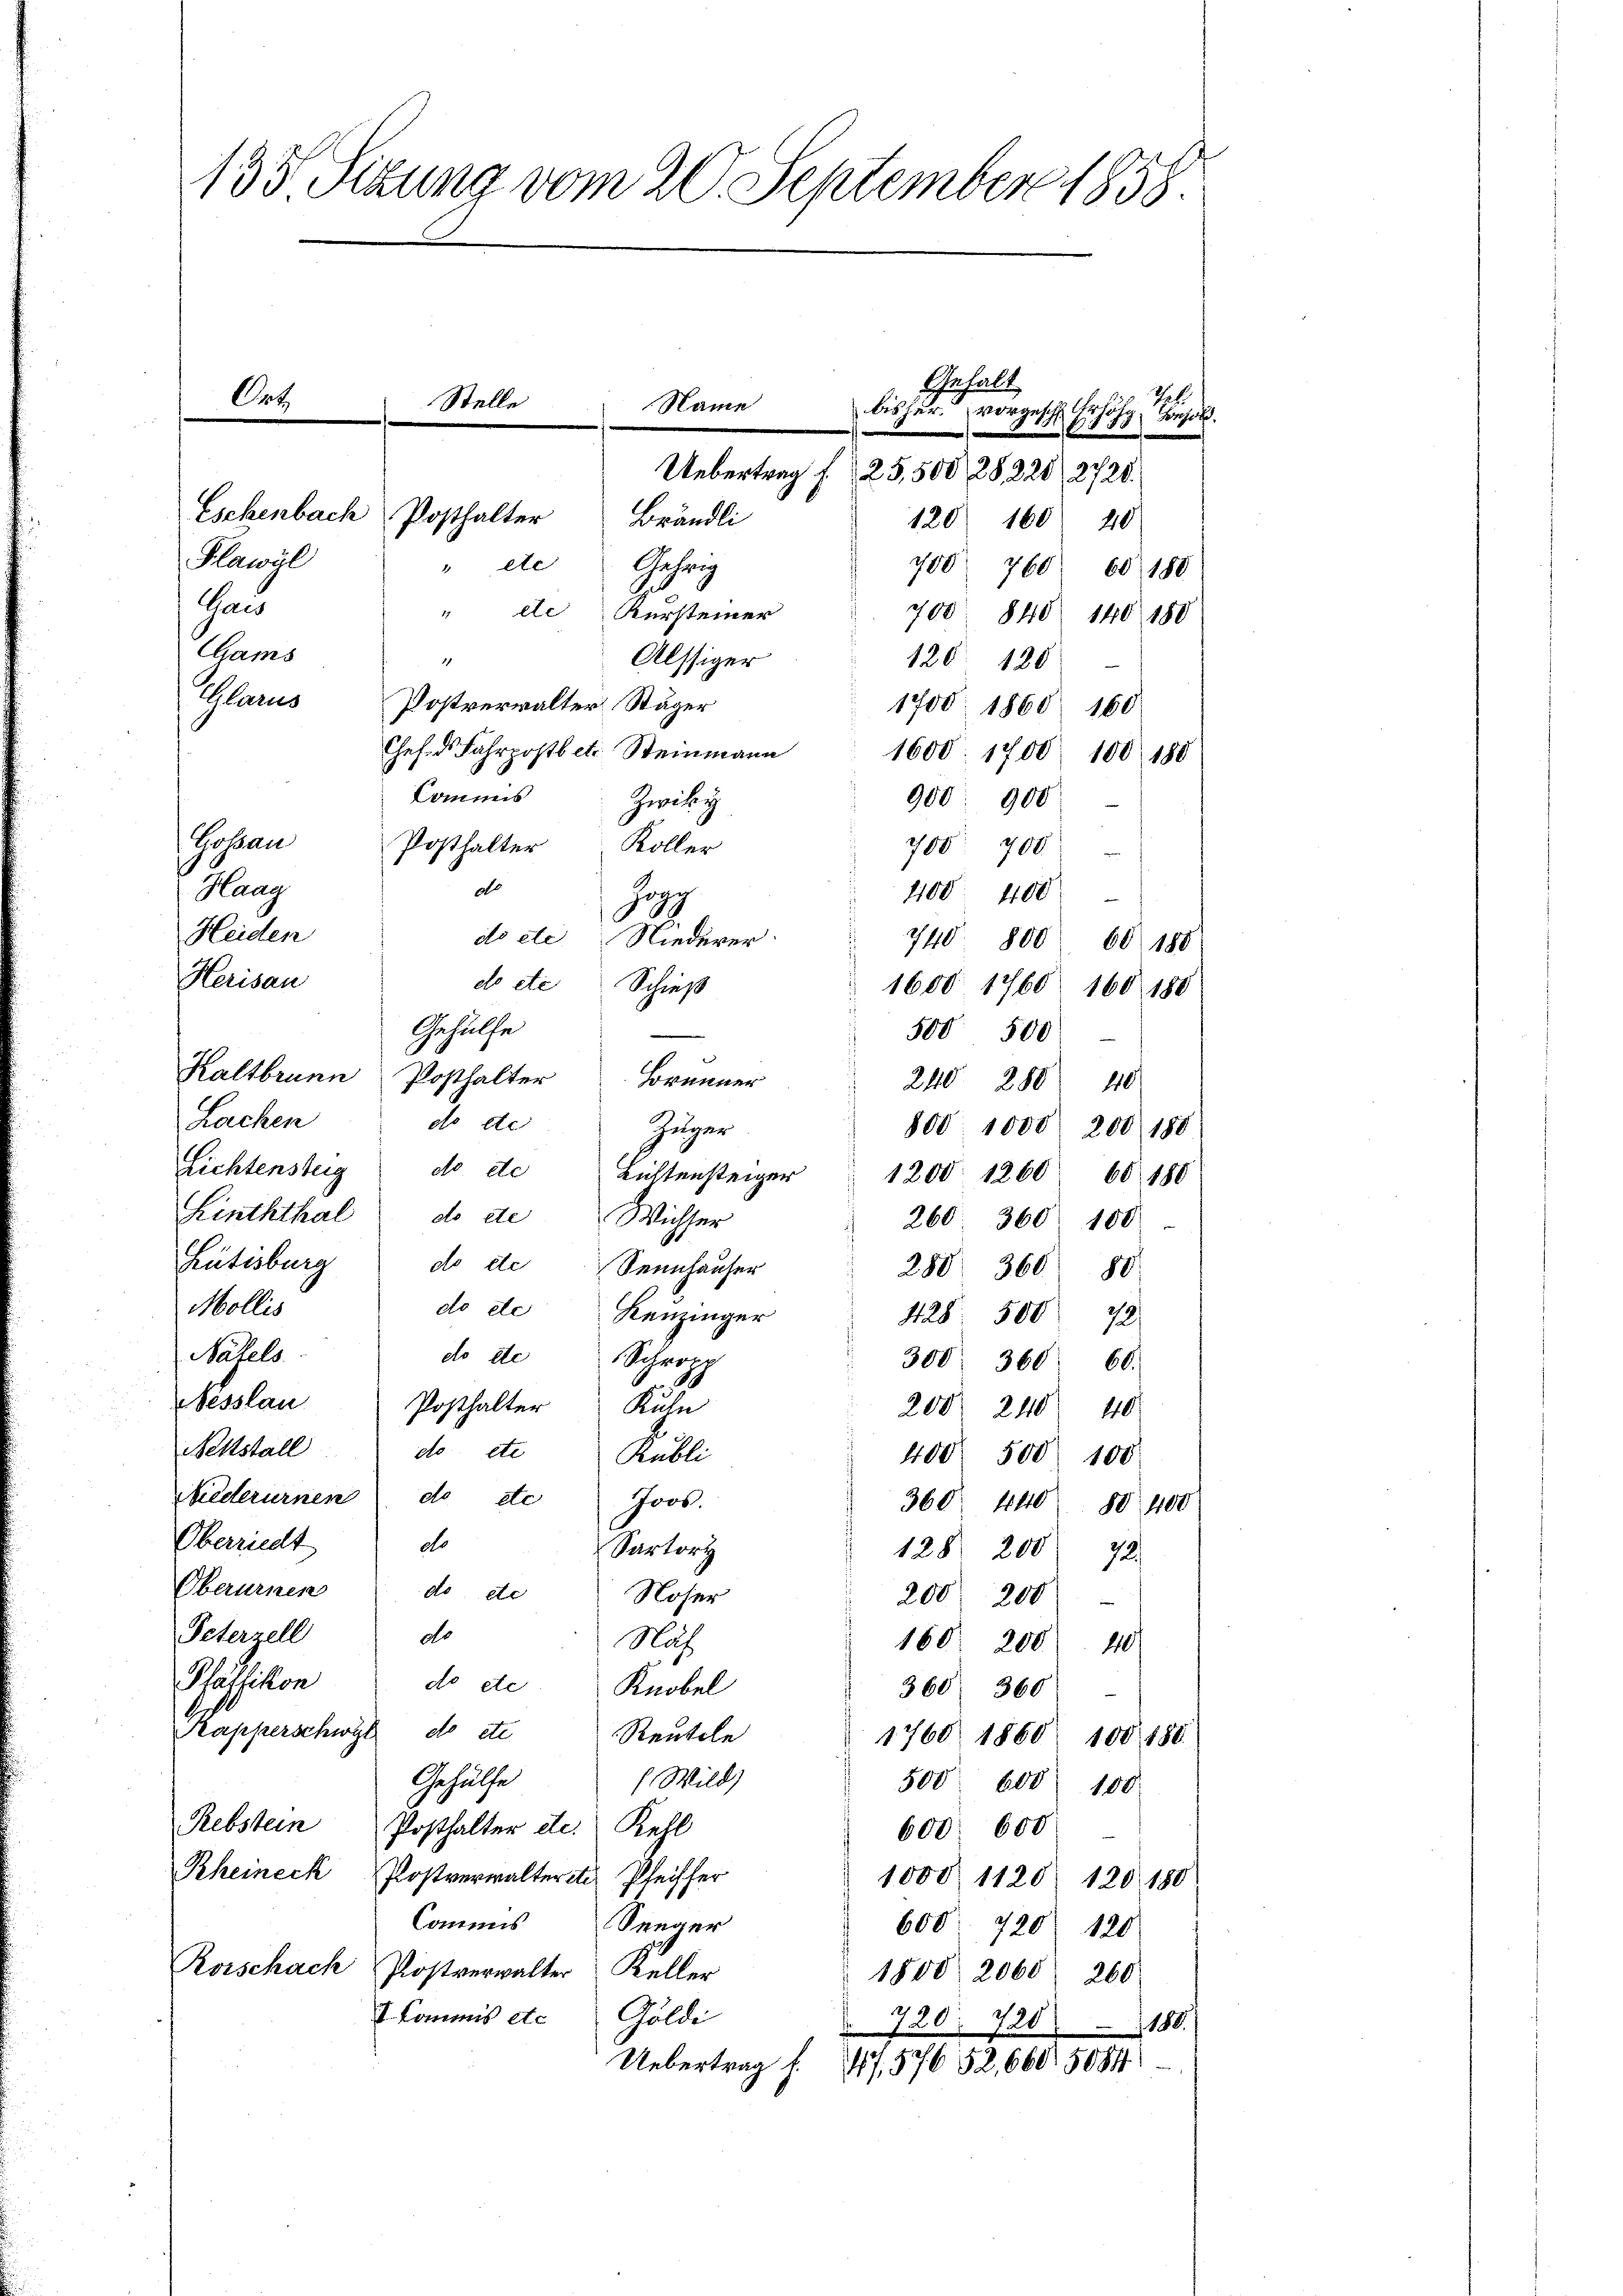
135 Sizung vom 20. September 1858.

.

Plawal
ete
Gehrig
700 760. 60 180
Gau
" ete Versteiner
700. 840 140 180
GGams
Alssiger
1
120. 120
Glarus Postverwalter Stäger
1700. 1860 160
Chef ds Fahrpostbetr. Steinmann
1600. 1700. 100 180
Kommis
900. 900
Zwitey
Gossau Posthalter Koller
700 700
do
Haag
1100 400
Jag
Heiden
do etc Niederer
740. 800 60 188
Herisau
do etc. Schieß
1600 1760. 160 180
Gehülfe
e
500 500
Kaltbrunn Posthalter Brenner
240 280 40
Lachen
do etc
800. 1000 200 188
Linththal do de Wichser
260. 360. 100
Rütisburg do etc Sennhauser
280 360
88.
Mollis
428. 500 72
Näfels
300. 360. 60.
Wesslau
Posthalter Kuhn
200 240 40
Nettstall do etc Rubli
400 500 100
hiederurnen do etc Joos.
360. 440 80. 400
Oberriedt
do
Sartort
128. 200 72.
Oberurnen do de
Noser
200. 200
e
Peterzell de
Näh
160. 200 40
Pfäffikon
do etc. Knobel
360. 360
Kapperschwyl do etc.
Rentele
1768. 1860
100/188
Gehülfe
(Wild)
500 600 100
Rebstein
Posthalter etc. Kehl
600. 600
Rheineck Postverwalterit Pfeiffer
1000 1120) 120 180
Commis Seeger
600 720 120
Rorschach Postverwalter Keller
1800 2060 260
Commis etc. Goldi
720: 720 - 1188.
Uebertrag f. 4, 576 52,660 5084

Zuger
Lichtensteig do etc Lichtensteiger 1200 1260 60 180
do etc Keuzinger
do ste Schropp

Gehalt
Stelle
Name
vorgesch. Erhöhg, Sol
.
Uebertrag f. 25,500, 28, 228, 2728.
Eschenbach Posthalter
120 160
Brändli
20

bisher.